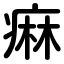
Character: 痳